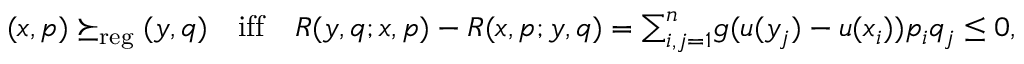
\begin{array} { r } { ( x , p ) \succeq _ { \mathrm { r e g } } ( y , q ) \quad \mathrm { i f f } \quad R ( y , q ; x , p ) - R ( x , p ; y , q ) = { \sum } _ { i , j = 1 } ^ { n } g ( u ( y _ { j } ) - u ( x _ { i } ) ) p _ { i } q _ { j } \leq 0 , } \end{array}